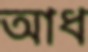
আধ